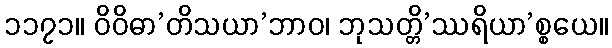
၁၁၇၁။ ဝိဝိဓာ’တိသယာ’ဘာဝ၊ ဘုသတ္တိ’ဿရိယာ’စ္စယေ။